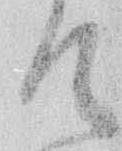
て